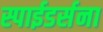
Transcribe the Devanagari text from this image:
स्पाईडर्सना